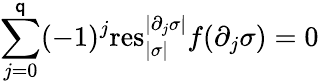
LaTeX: \sum_{j=0}^{\mathsf{q}}(-1)^{j}\mathrm{{res}}_{|\sigma|}^{|\partial_{j}\sigma|}f(\partial_{j}\sigma)=0